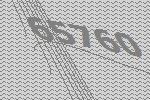
65760